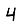
Digit: 4